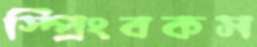
স্প্রিংবকস